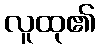
လူထု၏